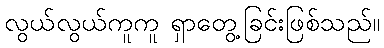
လွယ်လွယ်ကူကူ ရှာတွေ့ခြင်းဖြစ်သည်။